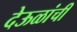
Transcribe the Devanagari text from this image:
देऊळांची